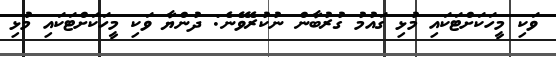
ވަކި މީހަކަށްޓަކައި މުޅި ގައުމު ގުރުބާން ނުކުރެވޭނެ: ދުންޔާ ވަކި މީހަކަށްޓަކައި މުޅި